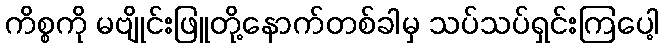
ကိစ္စကို မဗျိုင်းဖြူတို့နောက်တစ်ခါမှ သပ်သပ်ရှင်းကြပေါ့